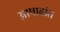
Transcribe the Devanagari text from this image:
आषाढांत